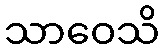
သာဝေသိ